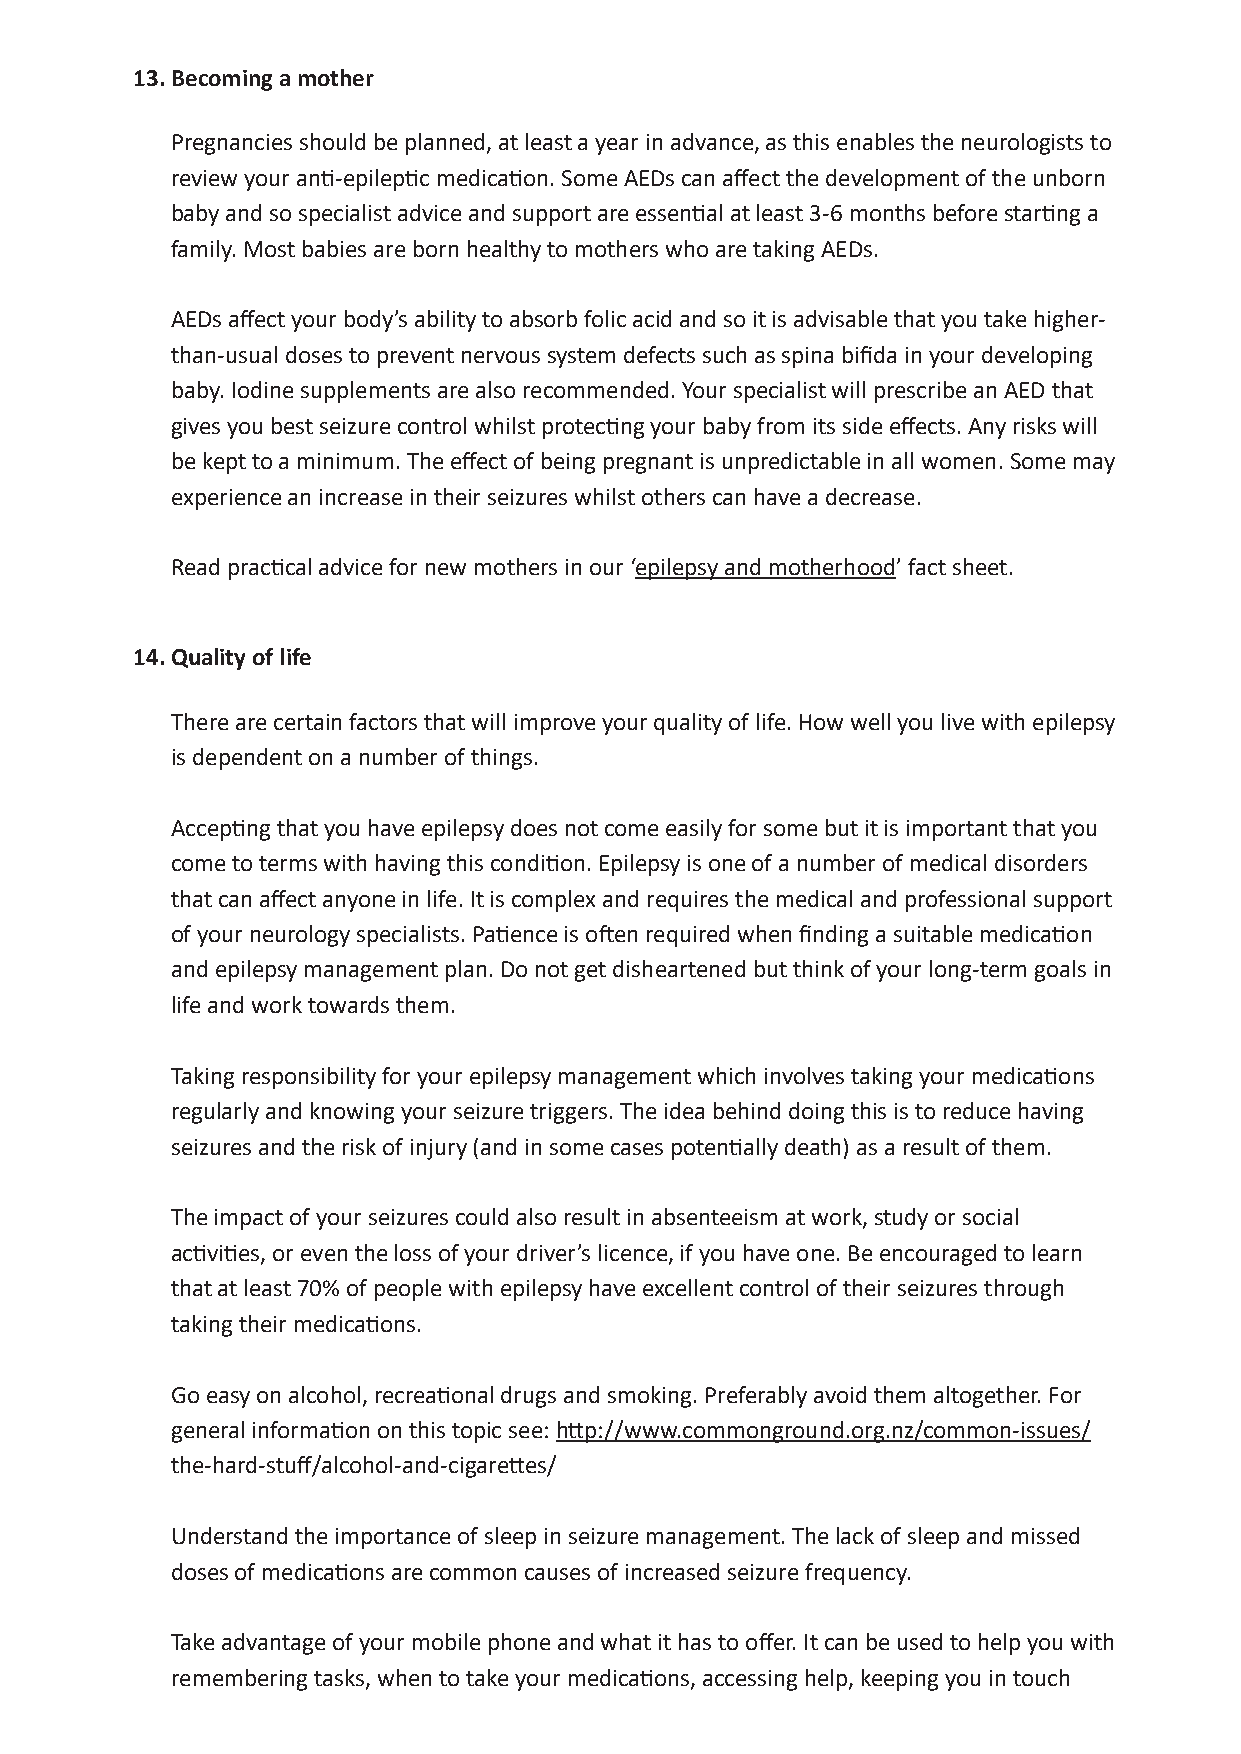
13. Becoming a mother
 Pregnancies should be planned, at least a year in advance, as this enables the neurologists to
 review your anti-epileptic medication. Some AEDs can affect the development of the unborn
 baby and so specialist advice and support are essential at least 3-6 months before starting a
 family. Most babies are born healthy to mothers who are taking AEDs.
 AEDs affect your body’s ability to absorb folic acid and so it is advisable that you take higher-
 than-usual doses to prevent nervous system defects such as spina bifida in your developing
 baby. Iodine supplements are also recommended. Your specialist will prescribe an AED that
 gives you best seizure control whilst protecting your baby from its side effects. Any risks will
 be kept to a minimum. The effect of being pregnant is unpredictable in all women. Some may
 experience an increase in their seizures whilst others can have a decrease.
 Read practical advice for new mothers in our ‘epilepsy and motherhood’ fact sheet.
 14. Quality of life
 There are certain factors that will improve your quality of life. How well you live with epilepsy
 is dependent on a number of things.
 Accepting that you have epilepsy does not come easily for some but it is important that you
 come to terms with having this condition. Epilepsy is one of a number of medical disorders
 that can affect anyone in life. It is complex and requires the medical and professional support
 of your neurology specialists. Patience is often required when finding a suitable medication
 and epilepsy management plan. Do not get disheartened but think of your long-term goals in
 life and work towards them.
 Taking responsibility for your epilepsy management which involves taking your medications
 regularly and knowing your seizure triggers. The idea behind doing this is to reduce having
 seizures and the risk of injury (and in some cases potentially death) as a result of them.
 The impact of your seizures could also result in absenteeism at work, study or social
 activities, or even the loss of your driver’s licence, if you have one. Be encouraged to learn
 that at least 70% of people with epilepsy have excellent control of their seizures through
 taking their medications.
 Go easy on alcohol, recreational drugs and smoking. Preferably avoid them altogether. For
 general information on this topic see: http://www.commonground.org.nz/common-issues/
 the-hard-stuff/alcohol-and-cigarettes/
 Understand the importance of sleep in seizure management. The lack of sleep and missed
 doses of medications are common causes of increased seizure frequency.
 Take advantage of your mobile phone and what it has to offer. It can be used to help you with Disclaimer: this fact sheet is for educati on purposes only. Please consult your doctor or other health professional
 for advice regarding your epilepsy.
 remembering tasks, when to take your medications, accessing help, keeping you in touch